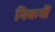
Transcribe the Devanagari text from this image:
निकषीं